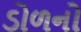
ડોળનો